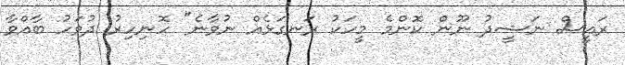
ރައީސް ނަޝީދު ނޫން ކޮންމެ މީހަކު ރަނގަޅެއް ނުވާނެ" ހޮނިހިރު ދުވަހު ބާއްވާ